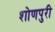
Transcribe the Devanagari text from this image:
शोणपुरी